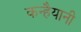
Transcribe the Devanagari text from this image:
कन्हैयानी